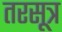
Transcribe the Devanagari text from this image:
तरसूत्र